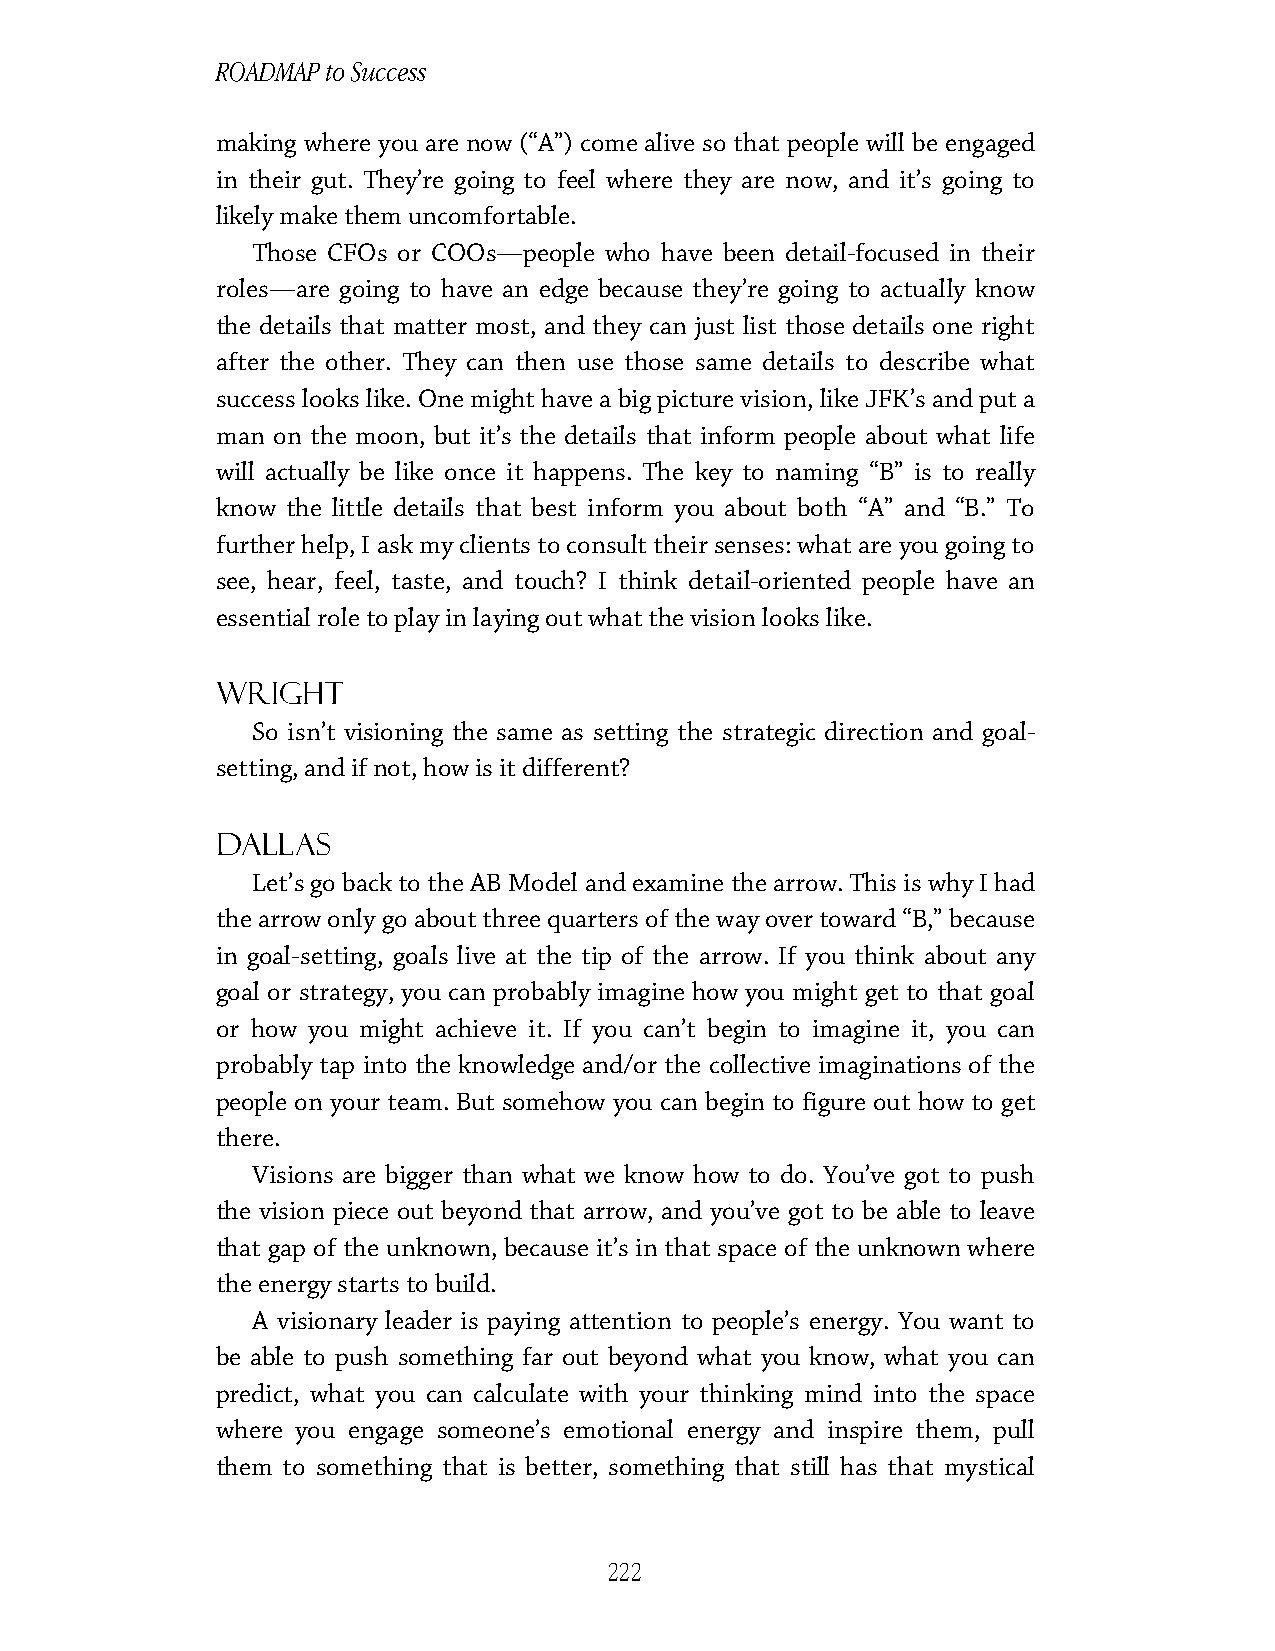
ROADMAP to Success
 making where you are now (“A”) come alive so that people will be engaged
 in their gut. They’re going to feel where they are now, and it’s going to
 likely make them uncomfortable.
 Those CFOs or COOs—people who have been detail-focused in their
 roles—are going to have an edge because they’re going to actually know
 the details that matter most, and they can just list those details one right
 after the other. They can then use those same details to describe what
 success looks like. One might have a big picture vision, like JFK’s and put a
 man on the moon, but it’s the details that inform people about what life
 will actually be like once it happens. The key to naming “B” is to really
 know the little details that best inform you about both “A” and “B.” To
 further help, I ask my clients to consult their senses: what are you going to
 see, hear, feel, taste, and touch? I think detail-oriented people have an
 essential role to play in laying out what the vision looks like.
 Wright
 So isn’t visioning the same as setting the strategic direction and goal-
 setting, and if not, how is it different?
 Dallas
 Let’s go back to the AB Model and examine the arrow. This is why I had
 the arrow only go about three quarters of the way over toward “B,” because
 in goal-setting, goals live at the tip of the arrow. If you think about any
 goal or strategy, you can probably imagine how you might get to that goal
 or how you might achieve it. If you can’t begin to imagine it, you can
 probably tap into the knowledge and/or the collective imaginations of the
 people on your team. But somehow you can begin to figure out how to get
 there.
 Visions are bigger than what we know how to do. You’ve got to push
 the vision piece out beyond that arrow, and you’ve got to be able to leave
 that gap of the unknown, because it’s in that space of the unknown where
 the energy starts to build.
 A visionary leader is paying attention to people’s energy. You want to
 be able to push something far out beyond what you know, what you can
 predict, what you can calculate with your thinking mind into the space
 where you engage someone’s emotional energy and inspire them, pull
 them to something that is better, something that still has that mystical
 222